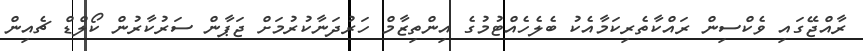
ރާއްޖޭގައި ވެކްސިން ރައްކާތެރިކަމާއެކު ބެލެހެއްޓުމުގެ އިންތިޒާމް ހަރުދަނާކުރުމަށް ޖަޕާން ސަރުކާރުން ކޯލްޑް ޗެއިން